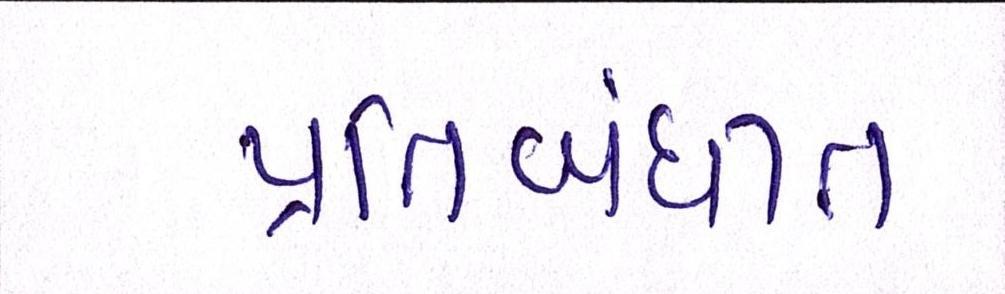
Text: પ્રતિબંધીત